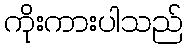
ကိုးကားပါသည်